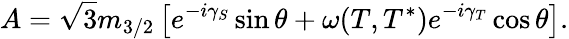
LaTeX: A=\sqrt{3}m_{3/2}\left[e^{-i\gamma_{S}}\sin\theta+\omega(T,T^{*})e^{-i\gamma_{T}}\cos\theta\right].